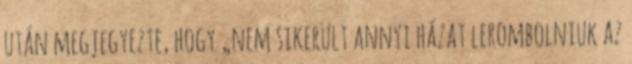
után megjegyezte, hogy „nem sikerült annyi házat lerombolniuk az